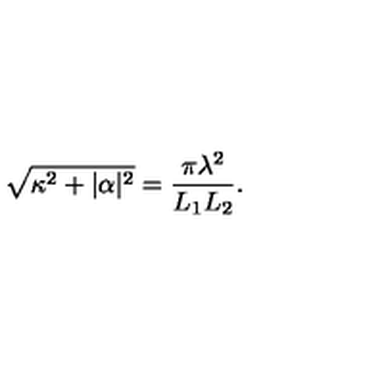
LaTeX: \sqrt { \kappa ^ { 2 } + | \alpha | ^ { 2 } } = \frac { \pi \lambda ^ { 2 } } { L _ { 1 } L _ { 2 } } .